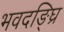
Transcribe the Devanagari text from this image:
भवदङ्घ्रि